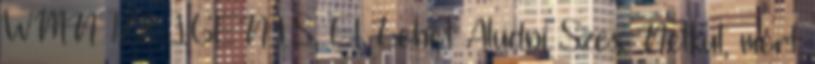
WMN 122 IGENIS, El Lehet Aludni Szex Nelkul, mert